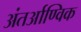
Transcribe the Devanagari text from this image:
अंतर्आण्विक